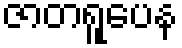
ဇာတရူပေန